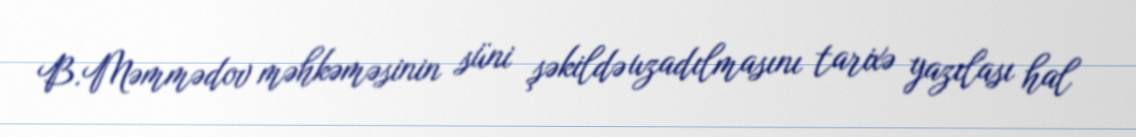
B.Məmmədov məhkəməsinin süni şəkildə uzadılmasını tarixə yazılası hal